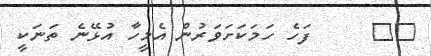
٣٩     ފަހެ ހަމަކަށަވަރުން އެމީހާ އުޅޭނެ ތަނަކީ